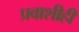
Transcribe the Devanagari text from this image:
प्रवाशीही